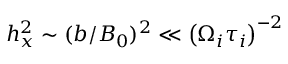
h _ { x } ^ { 2 } \sim ( b / B _ { 0 } ) ^ { 2 } \ll \left( \Omega _ { i } \tau _ { i } \right) ^ { - 2 }